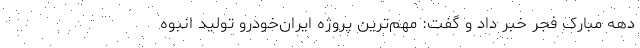
دهه مبارک فجر خبر داد و گفت: مهم‌ترین پروژه ایرا‌ن‌خودرو تولید انبوه